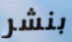
بنشر